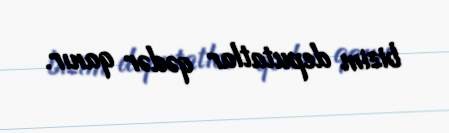
bizim deputatlar qədər qanır.